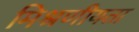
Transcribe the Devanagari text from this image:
मिश्रणीयता